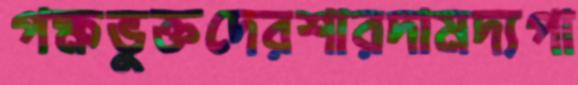
পক্ষভুক্তদেরশারদামদ্যপা